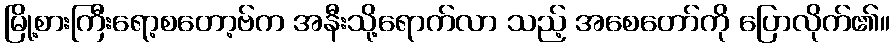
မြို့စားကြီးရော့စတော့ဗ်က အနီးသို့ရောက်လာ သည့် အစေတော်ကို ပြောလိုက်၏။